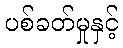
ပစ်ခတ်မှုနှင့်